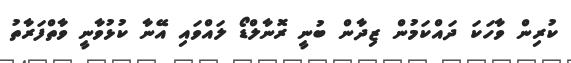
ކުރިން ވާހަކަ ދައްކަމުން ޒިދާން ބުނީ ރޮނާލްޑޯ ލައްވައި އޭނާ ކުޅުވާނީ ވާތްފަރާތު